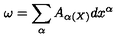
\omega = \sum _ { \alpha } A _ { \alpha ( X ) } d x ^ { \alpha }